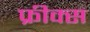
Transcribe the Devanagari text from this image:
फ्रीक्स